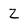
Character: Z